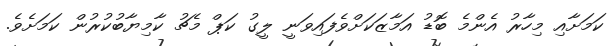
ކަމަށާއި މިހާރު އެންމެ ބޮޑު އަމާޒަކަށްވެފައިވަނީ ލީގު ކަޕް މެޗު ކާމިޔާބުކުރުން ކަމަށެވެ.